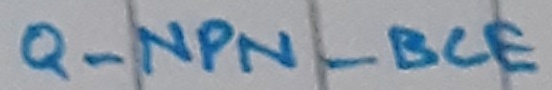
Text: Q_NPN_BCE